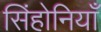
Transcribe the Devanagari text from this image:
सिंहोनियाँ